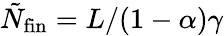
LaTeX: \tilde{N}_{\textnormal{fin}}=L/(1-\alpha)\gamma